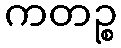
ကတဉ္စ